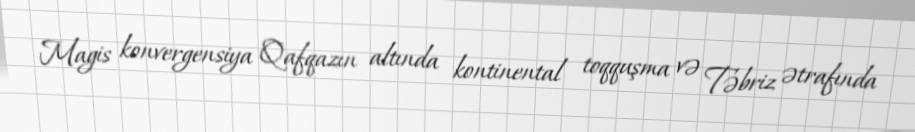
Magis konvergensiya Qafqazın altında kontinental toqquşma və Təbriz ətrafında